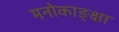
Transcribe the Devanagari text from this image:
मनोकाङ्क्षा